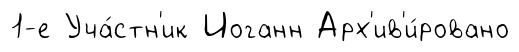
1-е Уча́стн'ик Иоганн Арх'ив'и́ровано